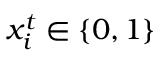
x _ { i } ^ { t } \in \{ 0 , 1 \}